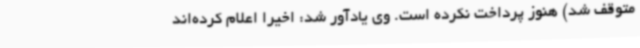
متوقف شد) هنوز پرداخت نکرده است. وی یادآور شد: اخیراً اعلام کرده‌اند